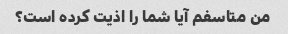
من متاسفم آیا شما را اذیت کرده است؟